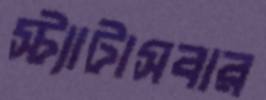
স্ট্যাটাসবার